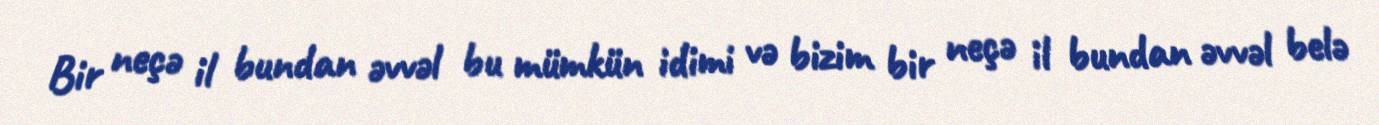
Bir neçə il bundan əvvəl bu mümkün idimi və bizim bir neçə il bundan əvvəl belə